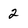
Character: 2